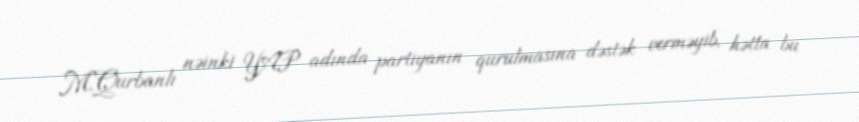
M.Qurbanlı nəinki YAP adında partiyanın qurulmasına dəstək verməyib, hətta bu